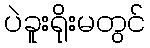
ပဲခူးရိုးမတွင်